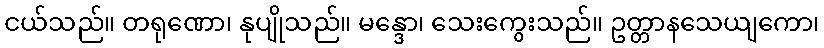
ငယ်သည်။ တရုဏော၊ နုပျိုသည်။ မန္ဒော၊ သေးကွေးသည်။ ဥတ္တာနသေယျကော၊